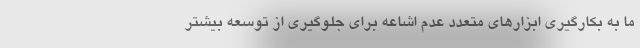
ما به بکارگیری ابزارهای متعدد عدم اشاعه برای جلوگیری از توسعه بیشتر